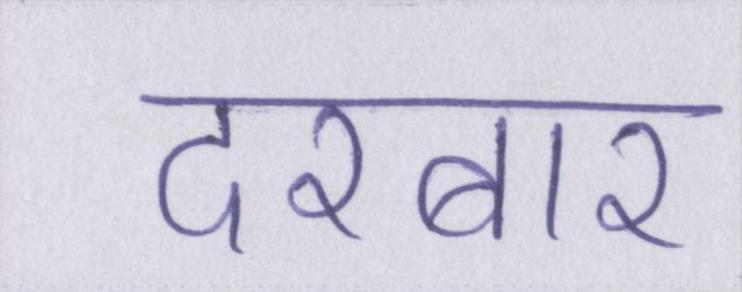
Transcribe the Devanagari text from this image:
दरबार